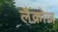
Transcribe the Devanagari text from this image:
लैक्रोज़